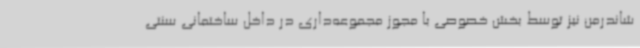
شاندرمن نیز توسط بخش خصوصی با مجوز مجموعه‌داری در داخل ساختمانی سنتی